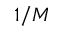
1 / M